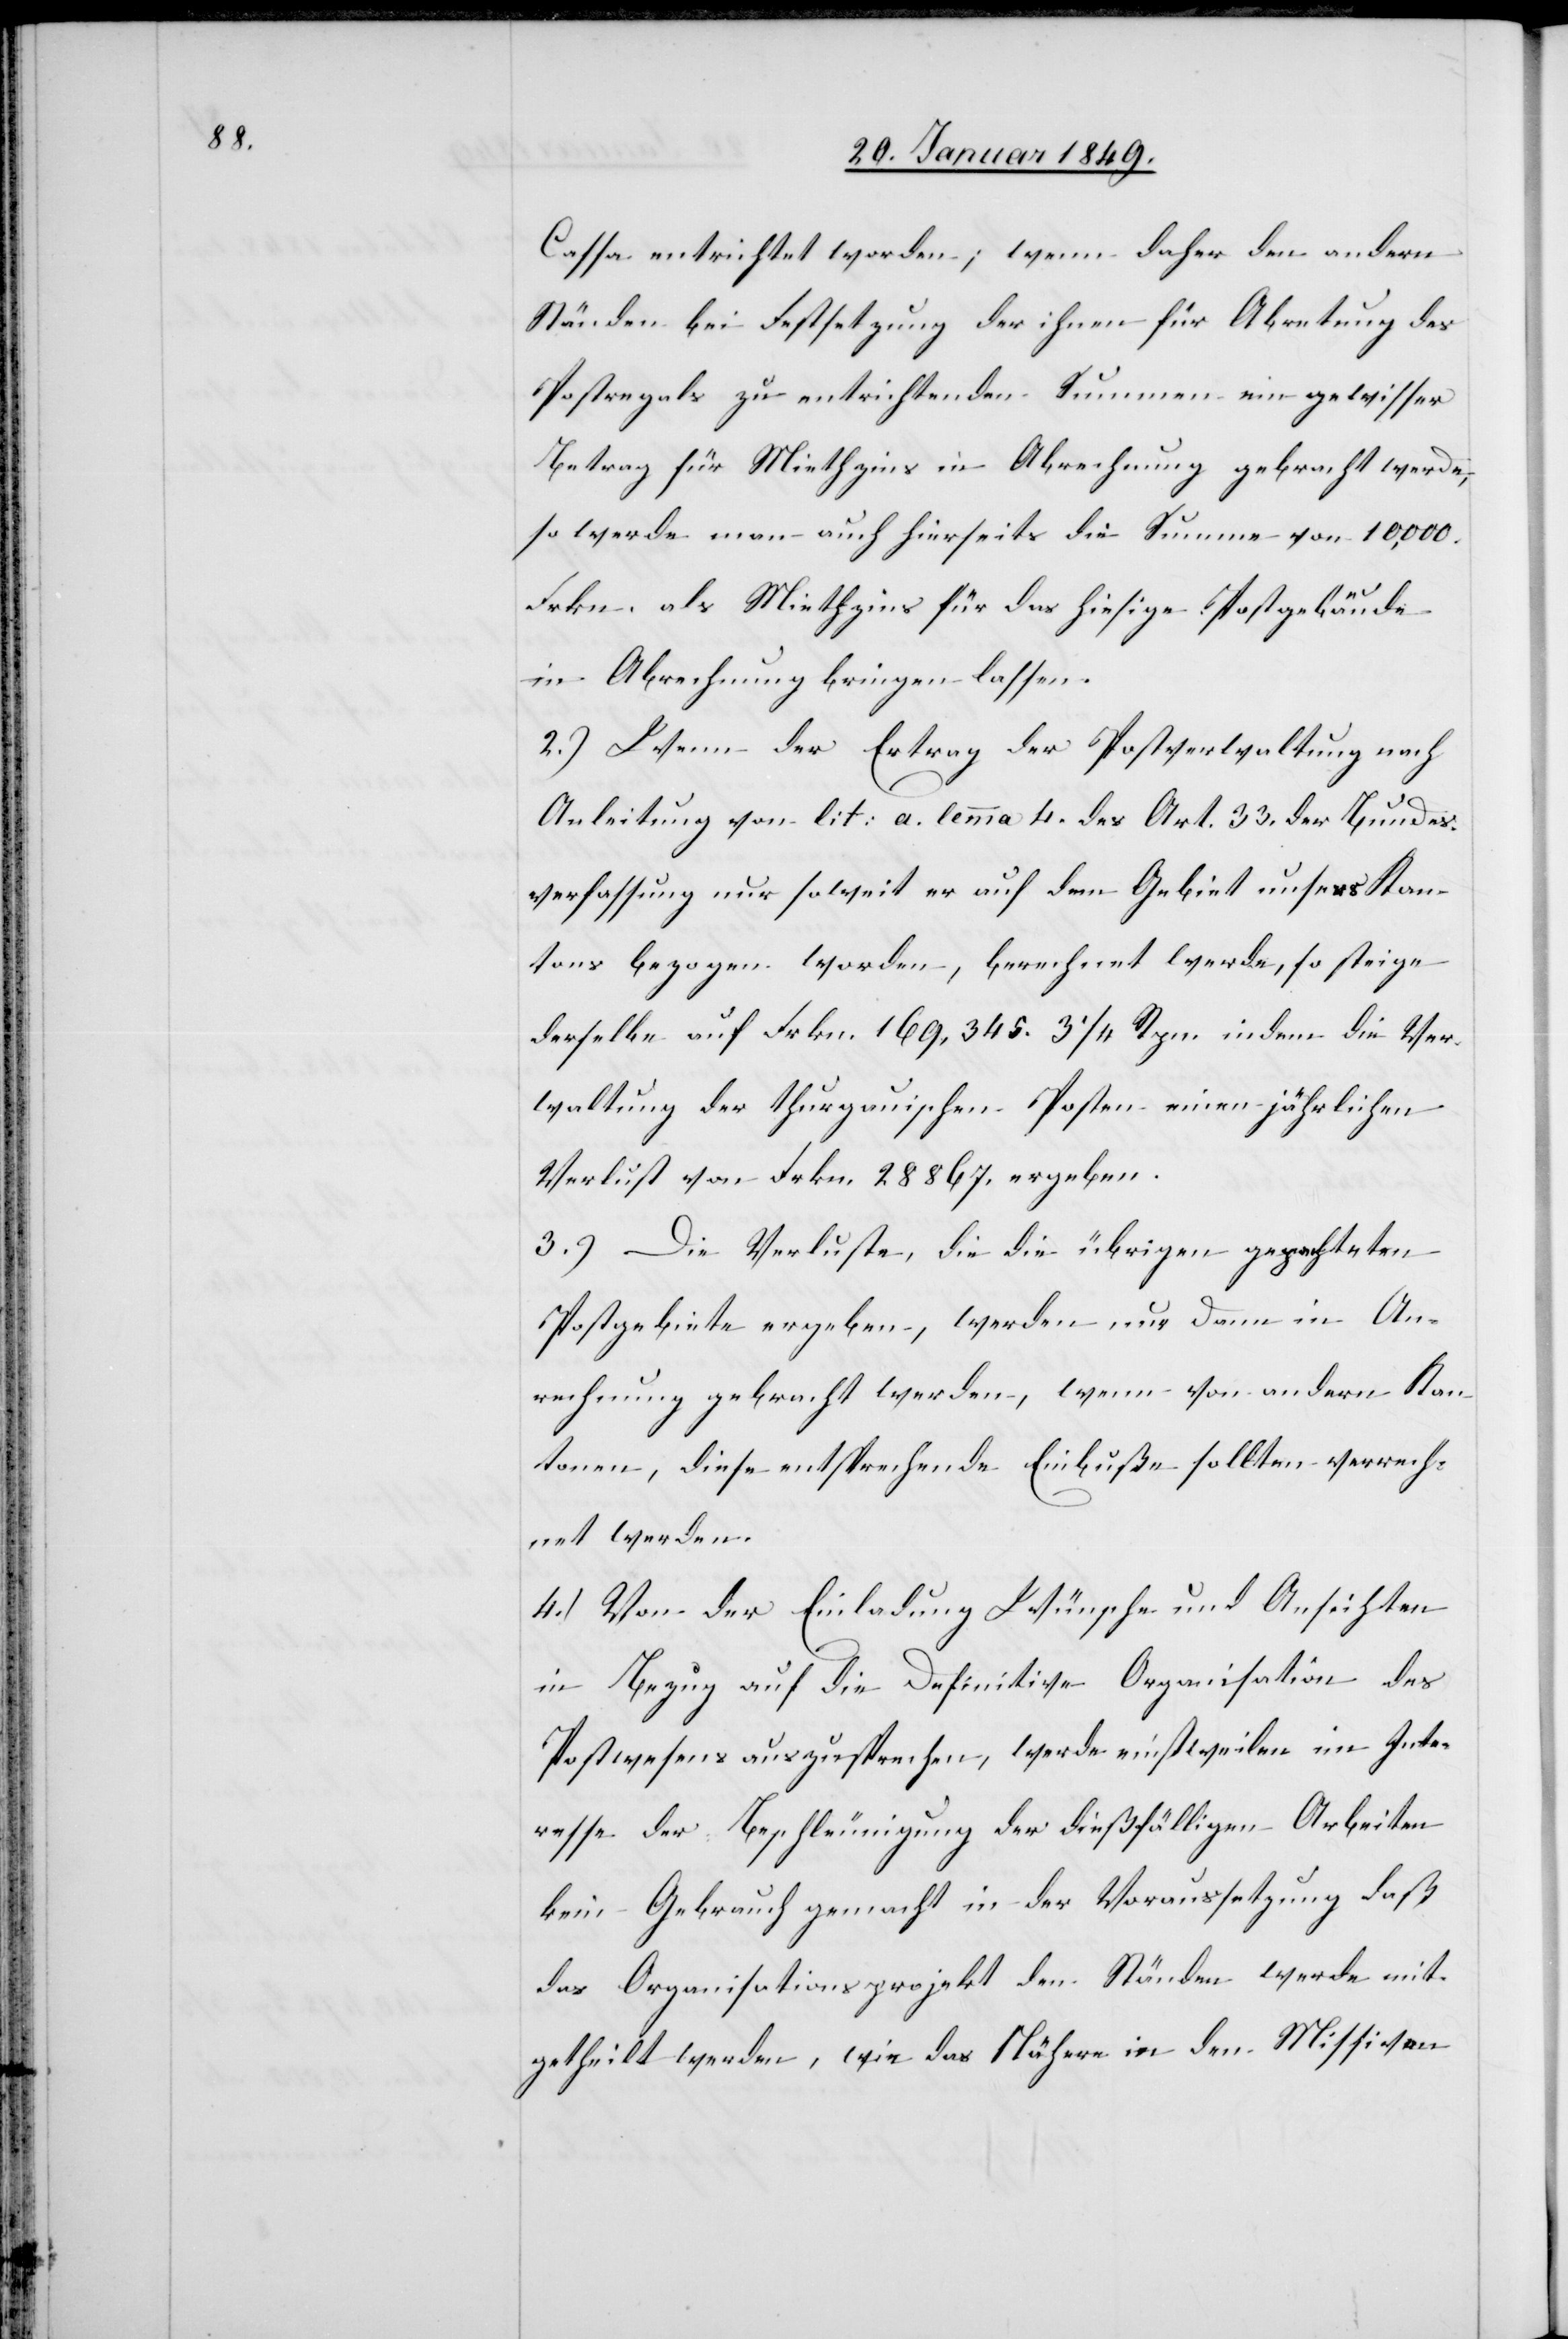
Cassa entrichtet worden; wenn daher den andern
Ständen bei Festsetzung der ihnen für Ab[t]retung des
Postregals zu entrichtenden Summen ein gewisser
Betrag für Miethzins in Abrechnung gebracht werde,
so werde man auch hierseits die Summe von 10,000.
Frkn. als Miethzins für das hiesige Postgebäude
in Abrechnung bringen lassen.
2.) Wenn der Ertrag der Postverwaltung nach
Anleitung von lit: a. lemma 4. des Art. 33. der Bundes¬
verfassung nur soweit er auf dem Gebiet unsers Kan¬
tons bezogen worden, berechnet werde, so steige
derselbe auf Frkn. 169,345. 3 1/4. Rpn. indem die Ver¬
waltung der thurgauischen Posten einen jährlichen
Verlust von Frkn. 28867. ergeben.
3.) Die Verluste, die die übrigen gepachteten
Postgebiete ergeben, werden nur dann in An¬
rechnung gebracht werden, wenn von andern Kan¬
tonen, diese entsprechende Einbuße sollten verrech¬
net werden.
4.) Von der Einladung Wünsche und Ansichten
in Bezug auf die Definitive Organisation des
Postwesens auszusprechen, werde einstweilen im Inte¬
resse der Beschleunigung der dießfälligen Arbeiten
kein Gebrauch gemacht in der Voraussetzung daß
das Organisationsprojekt den Ständen werde mit¬
getheilt werden, wie das Nähere in den Missiven